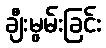
ချီးမွမ်းခြင်း